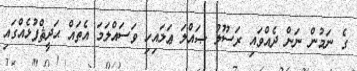
ގެ ނަމުން ނަން ދެއްވައި ރަސޫލު ޞައްލަ ޢަލައިހި ވަސައްލަމަ އެތައް ޙަދީޘްފުޅެއްގައި